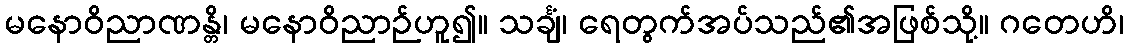
မနောဝိညာဏန္တိ၊ မနောဝိညာဉ်ဟူ၍။ သင်္ချံ၊ ရေတွက်အပ်သည်၏အဖြစ်သို့။ ဂတေဟိ၊